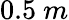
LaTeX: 0.5~m